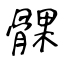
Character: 髁